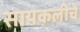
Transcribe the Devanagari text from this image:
सायकलीचे